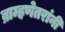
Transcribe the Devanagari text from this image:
ब्राम्हणेतरांनी